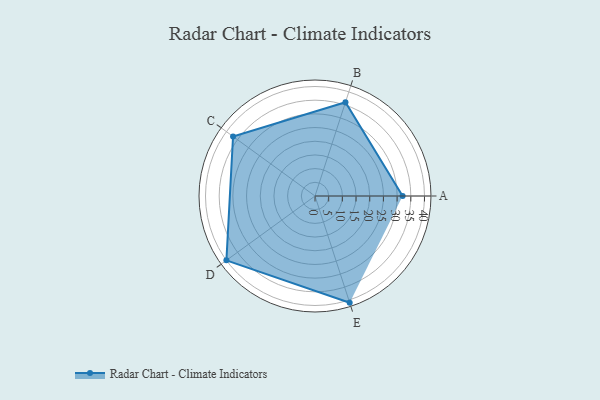
{"axis": {"x": "Skill", "y": "Score"}, "legend": ["Profile"], "data": [{"x": "A", "y": 32.0, "type": "Profile"}, {"x": "B", "y": 36.0, "type": "Profile"}, {"x": "C", "y": 37.0, "type": "Profile"}, {"x": "D", "y": 40.0, "type": "Profile"}, {"x": "E", "y": 41.0, "type": "Profile"}]}